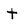
Character: t